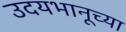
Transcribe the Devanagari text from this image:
उदयभानूच्या